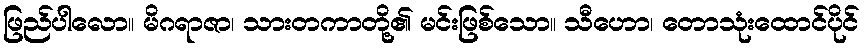
ဖြည်ပါလော။ မိဂရာဇာ၊ သားတကာတို့၏ မင်းဖြစ်သော။ သီဟော၊ တောသုံးထောင်ပိုင်